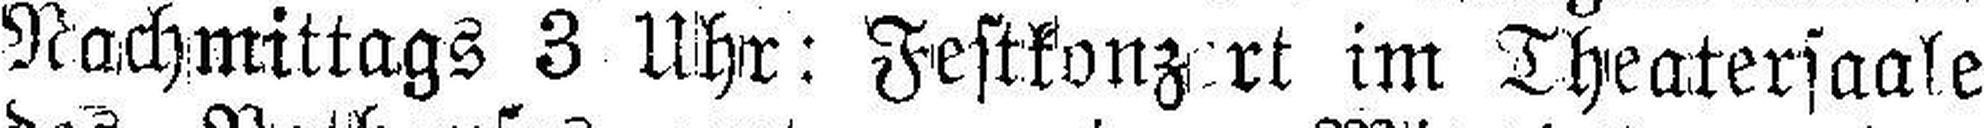
Nachmittags 3 Uhr: Festkonzert im Theatersaale